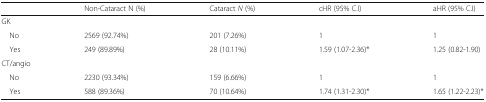
|  | Non-Cataract N (%) | Cataract N (%) | cHR (95% C.I) | aHR (95% C.I) |
 | --- | --- | --- | --- | --- |
 | <COLSPAN=5> GK |
 | No | 2569 (92.74%) | 201 (7.26%) | 1 | 1 |
 | Yes | 249 (89.89%) | 28 (10.11%) | 1.59 (1.07-2.36)* | 1.25 (0.82-1.90) |
 | <COLSPAN=5> CT/angio |
 | No | 2230 (93.34%) | 159 (6.66%) | 1 | 1 |
 | Yes | 588 (89.36%) | 70 (10.64%) | 1.74 (1.31-2.30)* | 1.65 (1.22-2.23)* |